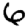
Digit: 6